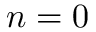
n = 0